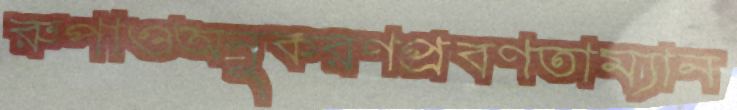
রুপাওঅনুকরণপ্রবণতাম্যান